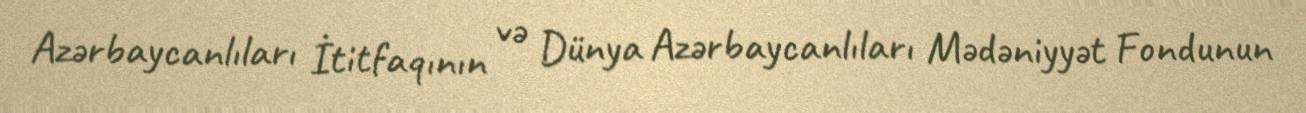
Azərbaycanlıları İtitfaqının və Dünya Azərbaycanlıları Mədəniyyət Fondunun